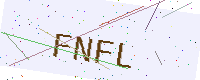
Text: FNFL